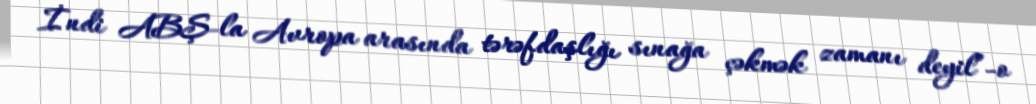
İndi ABŞ-la Avropa arasında tərəfdaşlığı sınağa çəkmək zamanı deyil”-o